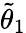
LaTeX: \tilde{\theta}_{1}